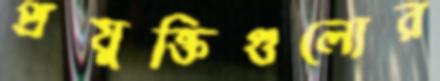
প্রযুক্তিগুলোর